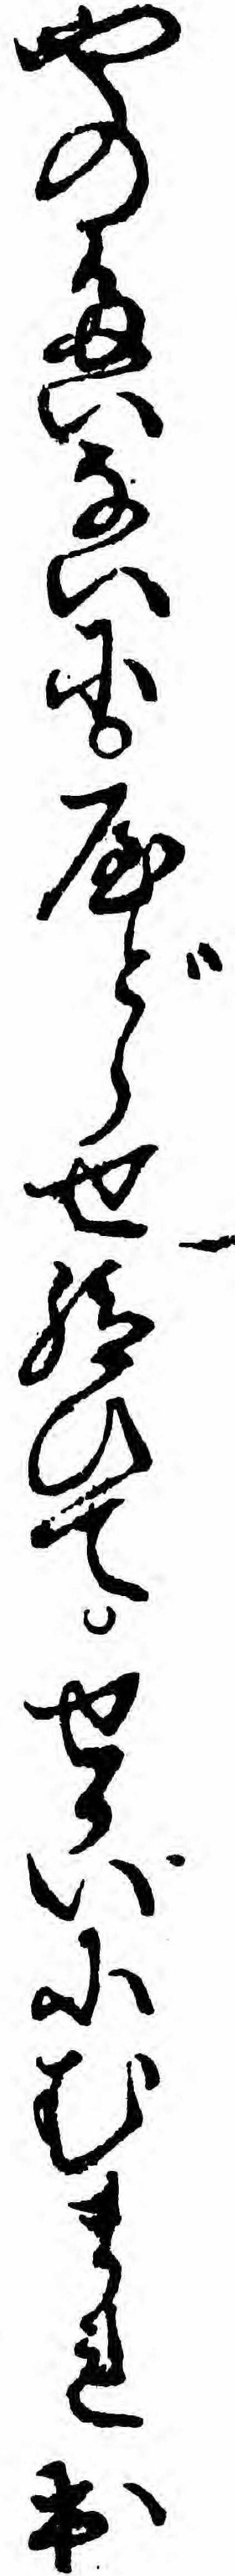
やのたいないにやどらせ給ひてせかいにむまれ出